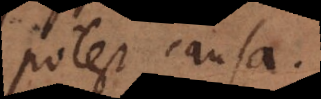
potest caus